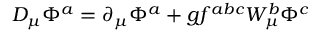
D _ { \mu } \Phi ^ { a } = \partial _ { \mu } \Phi ^ { a } + g f ^ { a b c } W _ { \mu } ^ { b } \Phi ^ { c }